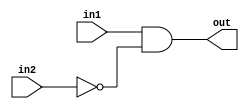
// This program was cloned from: https://github.com/matthlud/HDLBits
// License: Apache License 2.0

module top_module (
    input in1,
    input in2,
    output out);
    assign out = in1&(!in2);
endmodule